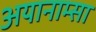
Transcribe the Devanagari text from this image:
अयानाम्सा